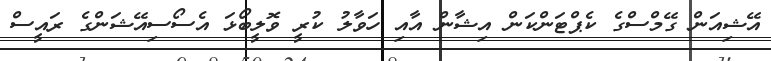
އޭޝިއަން ގޭމްސްގެ ކެޕްޓަންކަން އިޝާން އާއި ހަވާލު ކުރީ ވޮލީބޯޅަ އެސޯސިއޭޝަންގެ ރައީސް